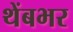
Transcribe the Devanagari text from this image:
थेंबभर